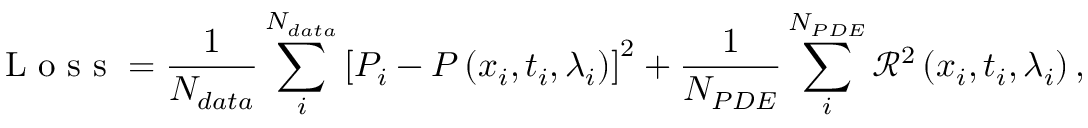
\mathrm { ~ L ~ o ~ s ~ s ~ } = \frac { 1 } { N _ { d a t a } } \sum _ { i } ^ { N _ { d a t a } } \left[ P _ { i } - P \left( x _ { i } , t _ { i } , \lambda _ { i } \right) \right] ^ { 2 } + \frac { 1 } { N _ { P D E } } \sum _ { i } ^ { N _ { P D E } } \mathcal { R } ^ { 2 } \left( x _ { i } , t _ { i } , \lambda _ { i } \right) ,